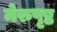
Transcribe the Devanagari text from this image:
मेरुपृष्ठ